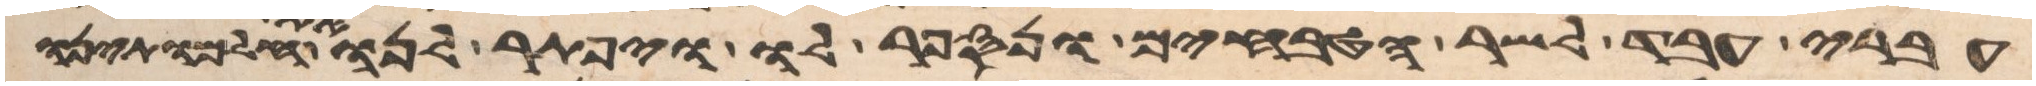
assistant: עברי עבד לשר הטבחים ונספר לו ויפתר לנו את חלמתינו